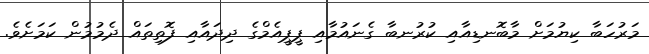
މަރުހަބާ ކިޔުމަށް މާބޮނޑިއާއި ކުރުނބާ ގެނައުމާއި ޕީޕީއެމްގެ ދިދައާއި ފޮތިތައް ދެމުމުން ކަމަށެވެ.